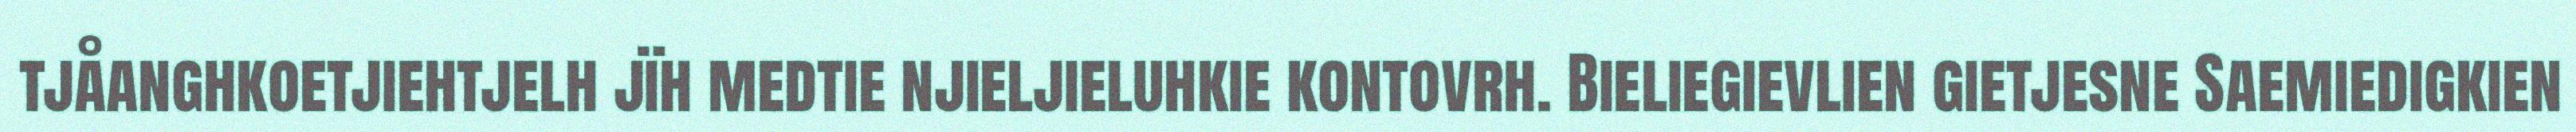
tjåanghkoetjiehtjelh jïh medtie njieljieluhkie kontovrh. Bieliegievlien gietjesne Saemiedigkien